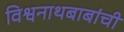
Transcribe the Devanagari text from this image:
विश्वनाथबाबांची